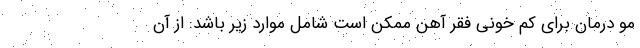
مو درمان برای کم خونی فقر آهن ممکن است شامل موارد زیر باشد: از آن